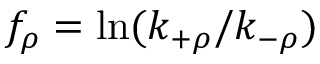
f _ { \rho } = \ln ( k _ { + \rho } / k _ { - \rho } )